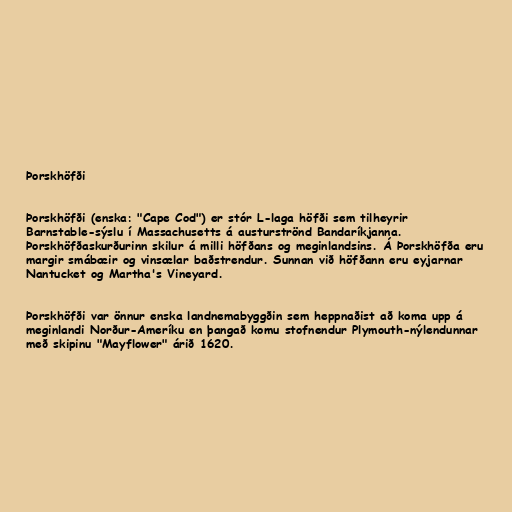
Þorskhöfði

Þorskhöfði (enska: "Cape Cod") er stór L-laga höfði sem tilheyrir
Barnstable-sýslu í Massachusetts á austurströnd Bandaríkjanna.
Þorskhöfðaskurðurinn skilur á milli höfðans og meginlandsins. Á Þorskhöfða eru
margir smábæir og vinsælar baðstrendur. Sunnan við höfðann eru eyjarnar
Nantucket og Martha's Vineyard.

Þorskhöfði var önnur enska landnemabyggðin sem heppnaðist að koma upp á
meginlandi Norður-Ameríku en þangað komu stofnendur Plymouth-nýlendunnar
með skipinu "Mayflower" árið 1620.